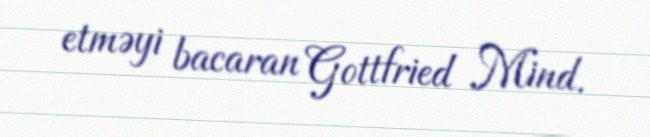
etməyi bacaran Gottfried Mind.